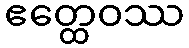
ဧတ္ထေဝဿ